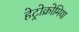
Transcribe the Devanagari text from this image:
हेट्रोक्रोमिया